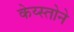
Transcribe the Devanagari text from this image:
केय्स्तोने